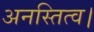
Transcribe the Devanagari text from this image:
अनस्तित्व।